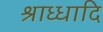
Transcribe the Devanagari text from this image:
श्राध्धादि